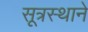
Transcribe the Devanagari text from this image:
सूत्रस्थाने